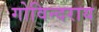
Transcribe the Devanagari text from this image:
गोविन्दराय